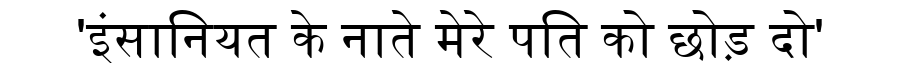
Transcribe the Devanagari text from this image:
'इंसानियत के नाते मेरे पति को छोड़ दो'